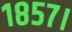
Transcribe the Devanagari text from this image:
१८५७।